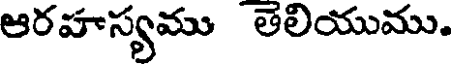
ఆరహస్యము తెలియుము.